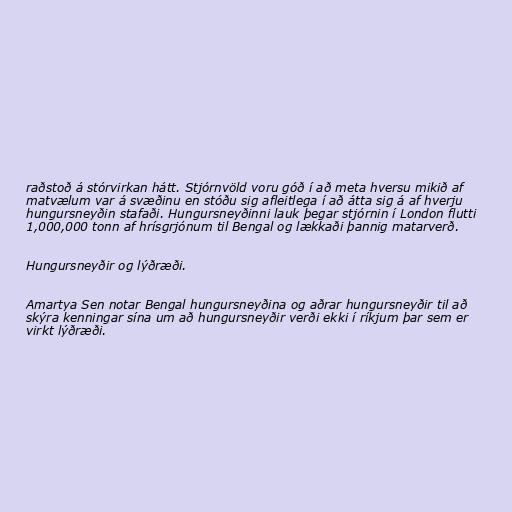
raðstoð á stórvirkan hátt. Stjórnvöld voru góð í að meta hversu mikið af
matvælum var á svæðinu en stóðu sig afleitlega í að átta sig á af hverju
hungursneyðin stafaði. Hungursneyðinni lauk þegar stjórnin í London flutti
1,000,000 tonn af hrísgrjónum til Bengal og lækkaði þannig matarverð.

Hungursneyðir og lýðræði.

Amartya Sen notar Bengal hungursneyðina og aðrar hungursneyðir til að
skýra kenningar sína um að hungursneyðir verði ekki í ríkjum þar sem er
virkt lýðræði.